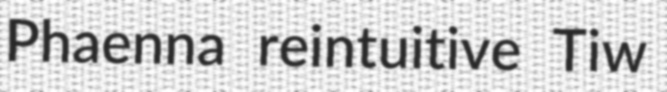
Phaenna reintuitive Tiw